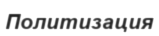
Политизация